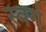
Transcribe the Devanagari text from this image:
स्वर्गे